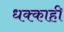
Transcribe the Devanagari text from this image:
धक्काही